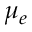
\mu _ { e }